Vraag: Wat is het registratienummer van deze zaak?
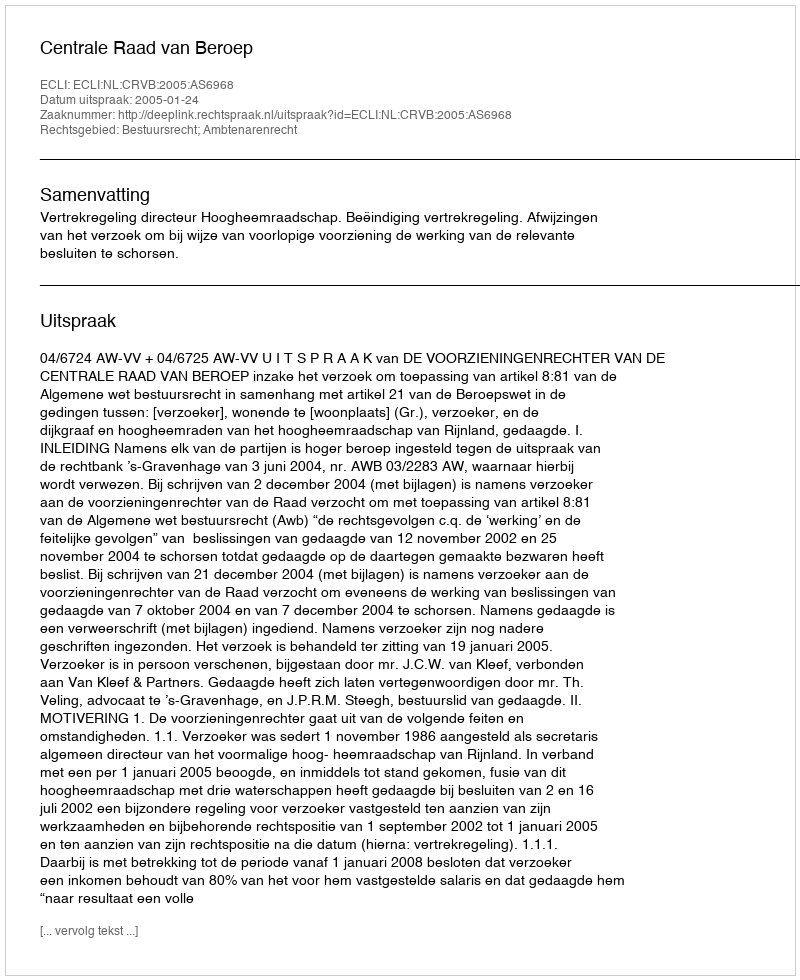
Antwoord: http://deeplink.rechtspraak.nl/uitspraak?id=ECLI:NL:CRVB:2005:AS6968